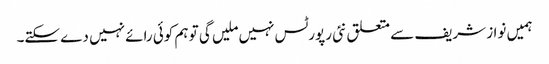
ہمیں نواز شریف سے متعلق نئی رپورٹس نہیں ملیں گی تو ہم کوئی رائے نہیں دے سکتے۔